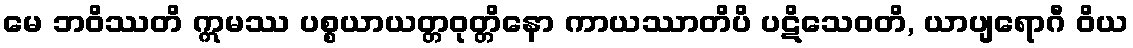
မေ ဘဝိဿတိ ဣမဿ ပစ္စယာယတ္တဝုတ္တိနော ကာယဿာတိပိ ပဋိသေဝတိ, ယာပျရောဂီ ဝိယ